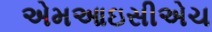
એમઆઇસીએચ